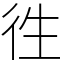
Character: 徃